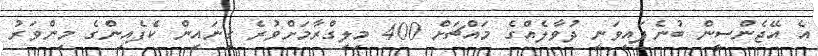
އެ އޭޖެންސީން ބުނެފައިވަނީ ދުވާލެއްގެ މައްޗަށް 400 މިލިގްރާމަށްވުރެ ގިނައިން ކެފެއިންގެ މިންވަރު